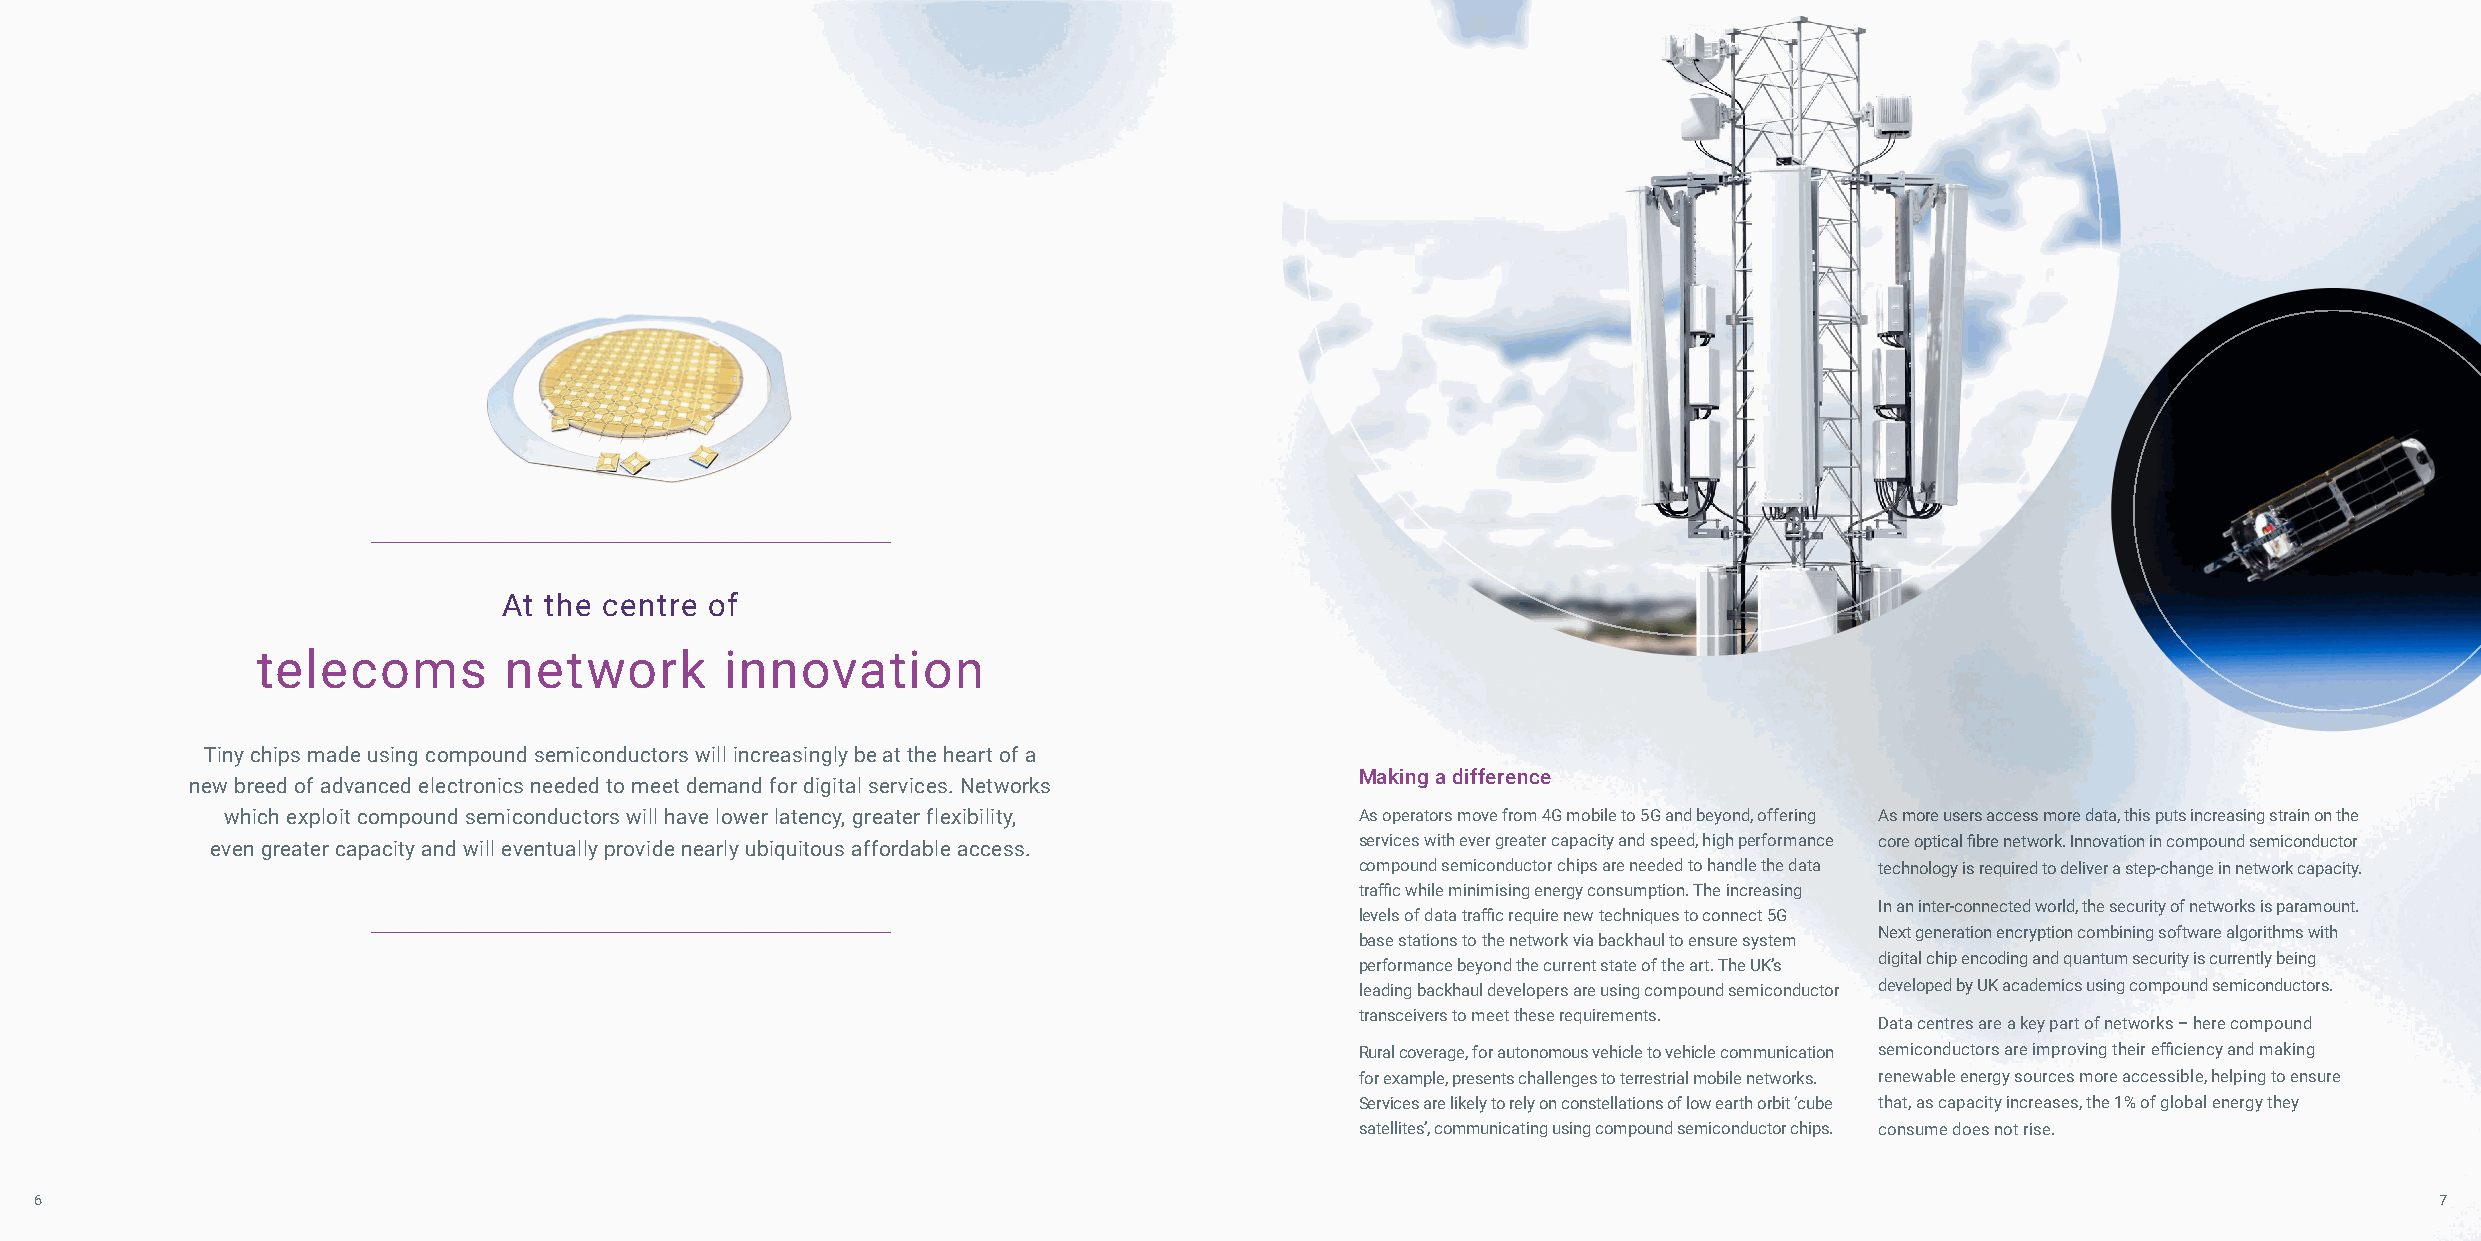
At the centre of
 telecoms        network        innovation
 Tiny chips made using compound semiconductors will increasingly be at the heart of a
 Making a difference
 new breed of advanced electronics needed to meet demand for digital services. Networks
 which exploit compound semiconductors will have lower latency, greater flexibility, As operators move from 4G mobile to 5G and beyond, offering As more users access more data, this puts increasing strain on the
 even greater capacity and will eventually provide nearly ubiquitous affordable access. services with ever greater capacity and speed, high performance core optical fibre network. Innovation in compound semiconductor
 compound semiconductor chips are needed to handle the data technology is required to deliver a step-change in network capacity.
 traffic while minimising energy consumption. The increasing
 In an inter-connected world, the security of networks is paramount.
 levels of data traffic require new techniques to connect 5G
 Next generation encryption combining software algorithms with
 base stations to the network via backhaul to ensure system
 digital chip encoding and quantum security is currently being
 performance beyond the current state of the art. The UK’s
 leading backhaul developers are using compound semiconductor developed by UK academics using compound semiconductors.
 transceivers to meet these requirements.
 Data centres are a key part of networks – here compound
 Rural coverage, for autonomous vehicle to vehicle communication semiconductors are improving their efficiency and making
 for example, presents challenges to terrestrial mobile networks. renewable energy sources more accessible, helping to ensure
 Services are likely to rely on constellations of low earth orbit ‘cube that, as capacity increases, the 1% of global energy they
 satellites’, communicating using compound semiconductor chips. consume does not rise.
 6                                                                                                                                                              7